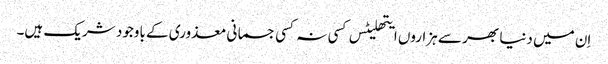
اِن میں دنیا بھر سے ہزاروں ایتھلیٹس کسی نہ کسی جسمانی معذوری کے باوجود شریک ہیں۔